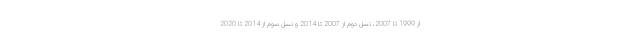
از 1999 تا 2007، نسل دوم از 2007 تا 2014 و نسل سوم از 2014 تا 2020